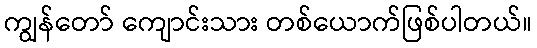
ကျွန်တော် ကျောင်းသား တစ်ယောက်ဖြစ်ပါတယ်။